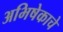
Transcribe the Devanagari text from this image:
अभिषेकाचे